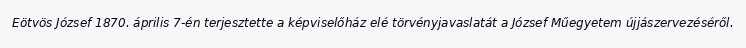
Eötvös József 1870. április 7-én terjesztette a képviselőház elé törvényjavaslatát a József Műegyetem újjászervezéséről.